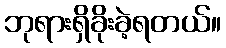
ဘုရားရှိခိုးခဲ့ရတယ်။